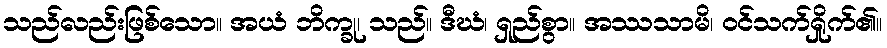
သည်လည်းဖြစ်သော။ အယံ ဘိက္ခု၊ သည်။ ဒီဃံ၊ ရှည်စွာ။ အဿသာမိ၊ ဝင်သက်ရှိုက်၏။